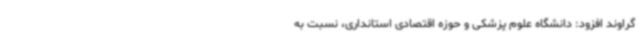
گراوند افزود: دانشگاه علوم پزشکی و حوزه اقتصادی استانداری، نسبت به